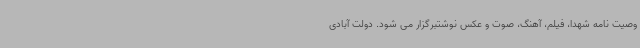
وصیت نامه شهدا، فیلم، آهنگ، صوت و عکس نوشتبرگزار می شود. دولت آبادی